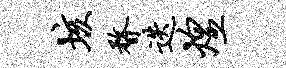
垓瞀迭煌